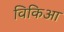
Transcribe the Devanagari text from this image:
विकिआ